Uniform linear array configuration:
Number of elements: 24
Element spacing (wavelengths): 0.75
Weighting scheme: blackman
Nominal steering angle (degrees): -45
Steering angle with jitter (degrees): -45.318
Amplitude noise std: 0.05
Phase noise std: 0.05

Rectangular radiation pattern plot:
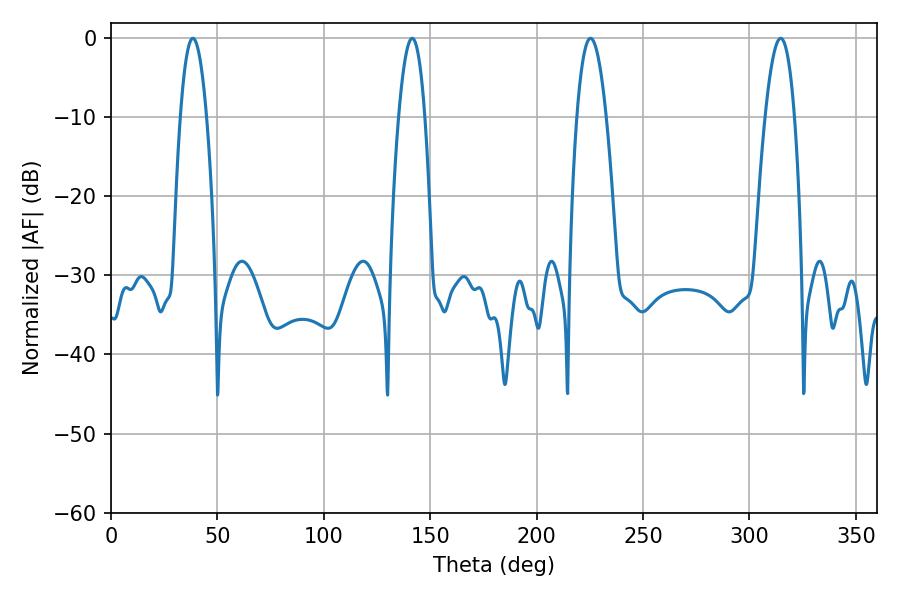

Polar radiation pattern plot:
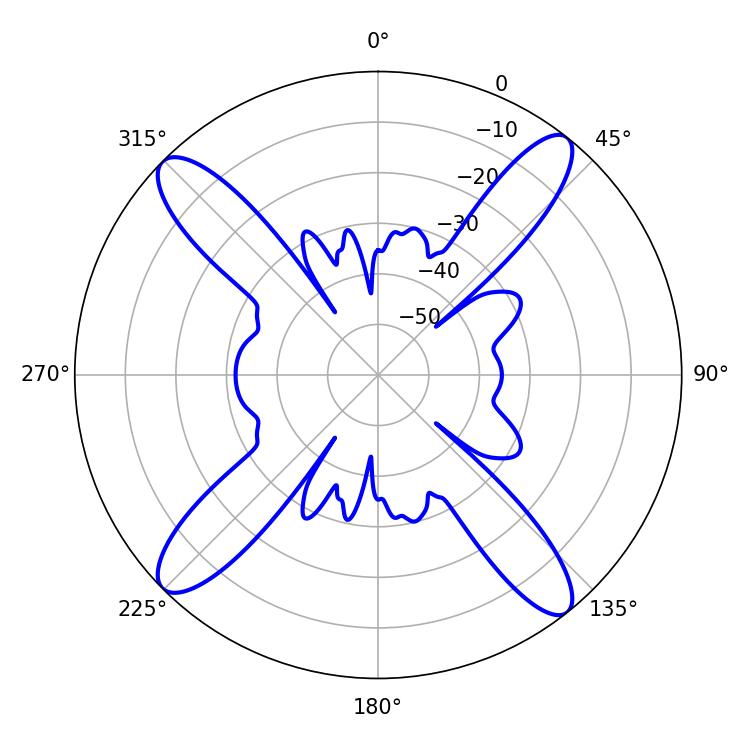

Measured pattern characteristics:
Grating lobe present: TRUE
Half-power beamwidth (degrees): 7.56
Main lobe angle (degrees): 225.36